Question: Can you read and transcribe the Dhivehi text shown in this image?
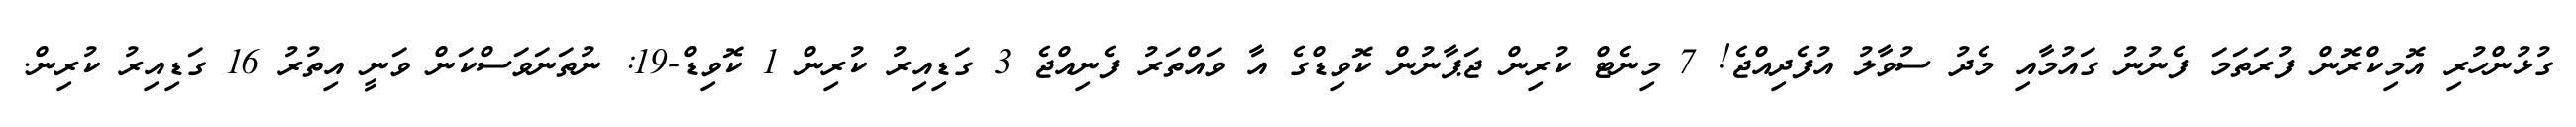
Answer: ގުޅުންހުރި އޮމިކްރޮން ފުރަތަމަ ފެނުނު ގައުމާއި މެދު ސުވާލު އުފެދިއްޖެ! 7 މިނެޓް ކުރިން ޖަޕާނުން ކޮވިޑްގެ އާ ވައްތަރު ފެނިއްޖެ 3 ގަޑިއިރު ކުރިން 1 ކޮވިޑް-19: ނުތަނަވަސްކަން ވަނީ އިތުރު 16 ގަޑިއިރު ކުރިން.